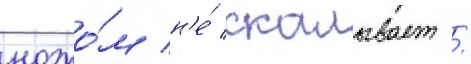
ножо́м н'е́ скалывает /